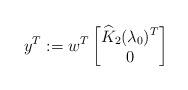
LaTeX: \begin{align*}y^T:=w^T\begin{bmatrix}\widehat{K}_2(\lambda_0)^T \\ 0\end{bmatrix}\end{align*}